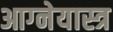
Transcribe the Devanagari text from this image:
आग्‍नेयास्‍त्र